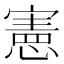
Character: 憲